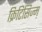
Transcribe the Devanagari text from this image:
क्रिटिसिज्म़